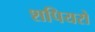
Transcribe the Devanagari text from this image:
शपियरो